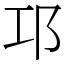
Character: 邛